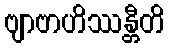
ဗျာဗာဟိဿန္တီတိ